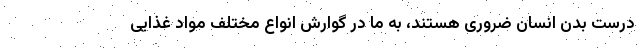
درست بدن انسان ضروری هستند، به ما در گوارش انواع مختلف مواد غذایی